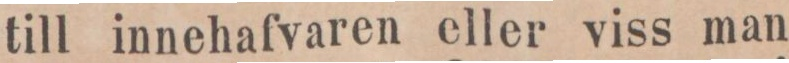
till innehafvaren eller viss man